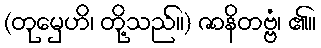
(တုမှေဟိ၊ တို့သည်။) ဇာနိတဗ္ဗံ၊ ၏။